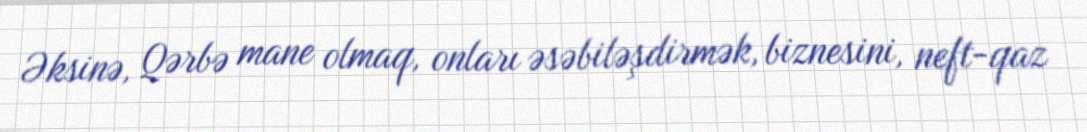
Əksinə, Qərbə mane olmaq, onları əsəbiləşdirmək, biznesini, neft-qaz